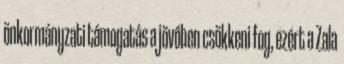
önkormányzati támogatás a jövőben csökkeni fog, ezért a Zala